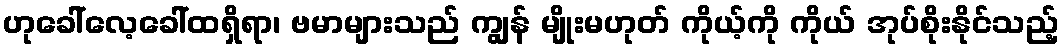
ဟုခေါ်လေ့ခေါ်ထရှိရာ၊ ဗမာများသည် ကျွန် မျိုးမဟုတ် ကိုယ့်ကို ကိုယ် အုပ်စိုးနိုင်သည့်